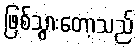
ဖြစ်သွားတော့သည်